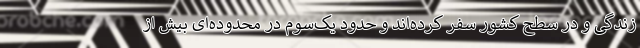
زندگی و در سطح کشور سفر کرده‌اند و حدود یک‌سوم در محدوده‌ای بیش از